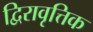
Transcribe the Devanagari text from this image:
द्विरावृत्तिक